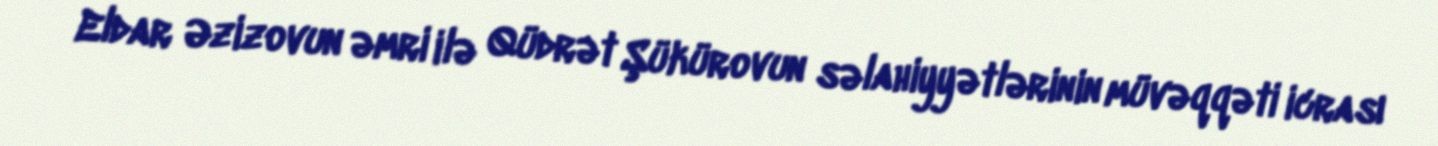
Eldar Əzizovun əmri ilə Qüdrət Şükürovun səlahiyyətlərinin müvəqqəti icrası